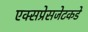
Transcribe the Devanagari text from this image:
एक्सप्रेसजेटकडे